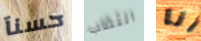
حسنآ الثقاب أنا